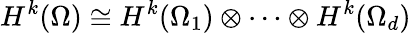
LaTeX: H^{k}(\Omega)\cong H^{k}(\Omega_{1})\otimes\cdots\otimes H^{k}(\Omega_{d})